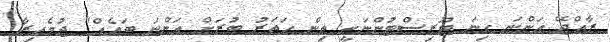
ރާއްޖޭ އަންނަ ގިނަ ޓޫރިސްޓުންނަކީ ތިން ހަތަރު ބުރަށް އަންނަ ބައެއް" ޖުމެއިރާ